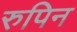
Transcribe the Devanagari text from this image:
रुपिन